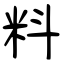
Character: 料